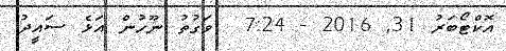
އޮކްޓޯބަރު 31